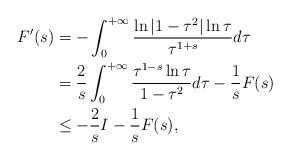
LaTeX: \begin{align*}F'(s)&=-\int_0^{+\infty}\frac{\ln|1 - \tau^2|\ln\tau}{ \tau^{1 + s}}d\tau\\&=\frac2s\int_0^{+\infty}\frac{\tau^{1-s}\ln\tau}{1-\tau^2}d\tau-\frac1sF(s)\\&\leq-\frac2sI-\frac1sF(s),\end{align*}